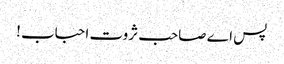
پس اے صاحب ثروت احباب !